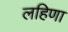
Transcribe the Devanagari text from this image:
लहिणा